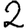
Digit: 2